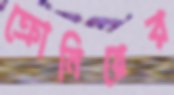
ক্রোনিয়ের